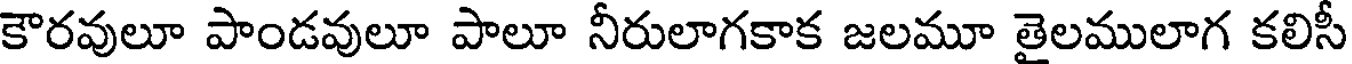
కౌరవులూ పాండవులూ పాలూ నీరులాగకాక జలమూ తైలములాగ కలిసీ